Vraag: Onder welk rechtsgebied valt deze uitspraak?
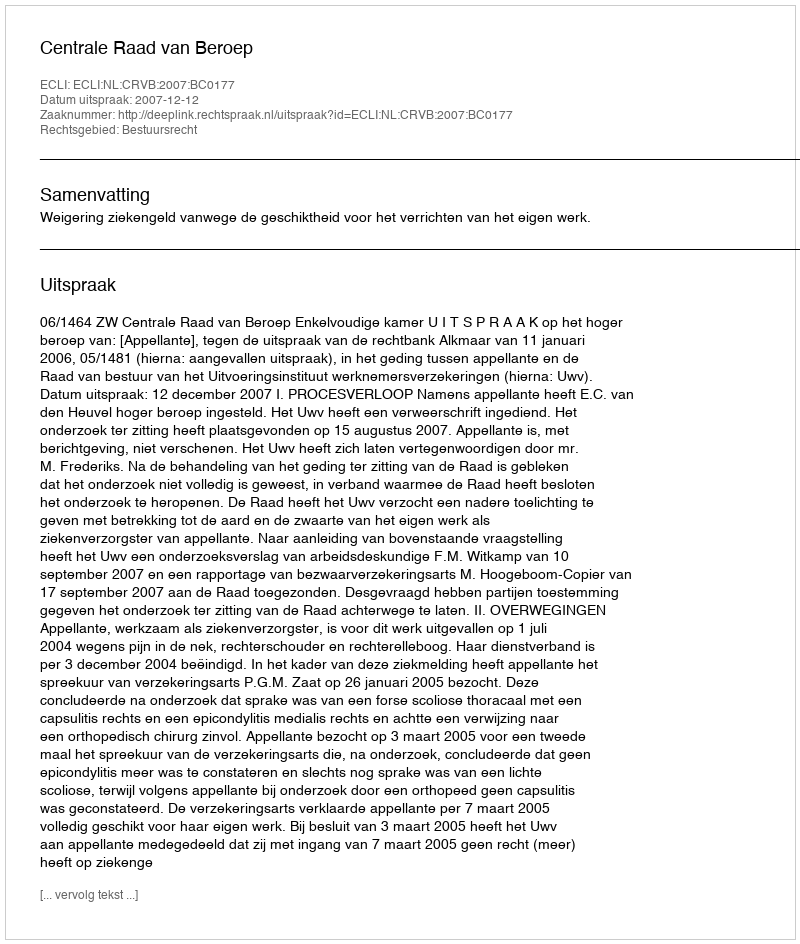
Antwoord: Bestuursrecht